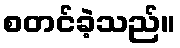
စတင်ခဲ့သည်။